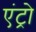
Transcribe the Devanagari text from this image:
एंट्रो